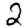
Digit: 2